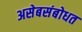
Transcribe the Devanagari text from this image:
असेबसंबोधत